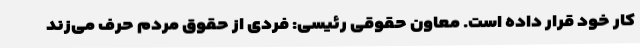
کار خود قرار داده است. معاون حقوقی رئیسی: فردی از حقوق مردم حرف می‌زند